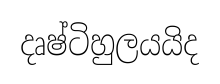
දෘෂ්ටිහුලයයිද